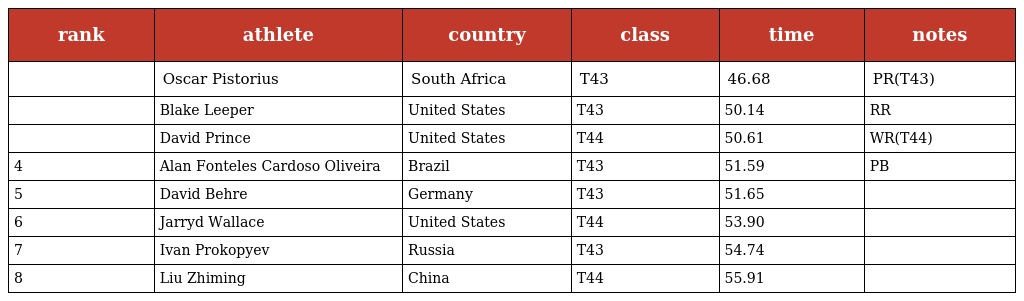
| rank | athlete | country | class | time | notes |
 | --- | --- | --- | --- | --- | --- |
 |  | Oscar Pistorius | South Africa | T43 | 46.68 | PR(T43) |
 |  | Blake Leeper | United States | T43 | 50.14 | RR |
 |  | David Prince | United States | T44 | 50.61 | WR(T44) |
 | 4 | Alan Fonteles Cardoso Oliveira | Brazil | T43 | 51.59 | PB |
 | 5 | David Behre | Germany | T43 | 51.65 |  |
 | 6 | Jarryd Wallace | United States | T44 | 53.90 |  |
 | 7 | Ivan Prokopyev | Russia | T43 | 54.74 |  |
 | 8 | Liu Zhiming | China | T44 | 55.91 |  |